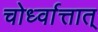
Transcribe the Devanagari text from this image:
चोर्ध्वात्तात्